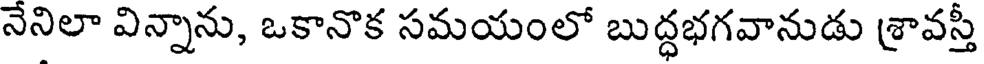
నెనిలా విన్నాను, ఒకానొక సమయంలో బుద్ధభగవానుడు శ్రావస్తీ